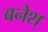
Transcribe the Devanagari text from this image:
बनेश्